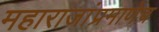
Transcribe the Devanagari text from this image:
महाराजांप्रमाणेच